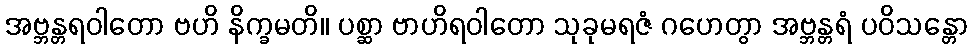
အဗ္ဘန္တရဝါတော ဗဟိ နိက္ခမတိ။ ပစ္ဆာ ဗာဟိရဝါတော သုခုမရဇံ ဂဟေတွာ အဗ္ဘန္တရံ ပဝိသန္တော